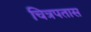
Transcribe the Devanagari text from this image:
चित्रपतास